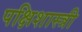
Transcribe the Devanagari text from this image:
पक्षिशास्त्री